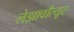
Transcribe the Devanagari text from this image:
लेझावाँत्यूर